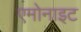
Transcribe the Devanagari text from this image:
एमोनाइट